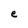
Character: e